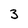
Character: 3